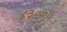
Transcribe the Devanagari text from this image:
४३०००